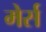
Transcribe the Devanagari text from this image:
मेर्स